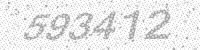
Solution: 593412